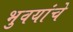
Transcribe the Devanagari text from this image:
भुवयांचे